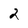
Character: 2